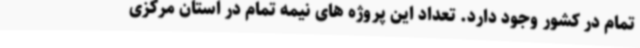
تمام در کشور وجود دارد. تعداد این پروژه های نیمه تمام در استان مرکزی